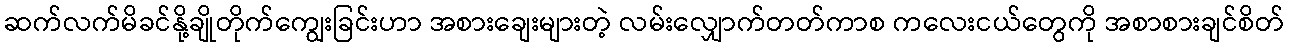
ဆက်လက်မိခင်နို့ချိုတိုက်ကျွေးခြင်းဟာ အစားချေးများတဲ့ လမ်းလျှောက်တတ်ကာစ ကလေးငယ်တွေကို အစာစားချင်စိတ်